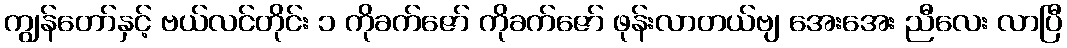
ကျွန်တော်နှင့် ဗယ်လင်တိုင်း ၁ ကိုခက်ဇော် ကိုခက်ဇော် ဖုန်းလာတယ်ဗျ အေးအေး ညီလေး လာပြီ